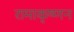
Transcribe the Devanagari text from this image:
रामाकृष्णन